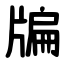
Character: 牑